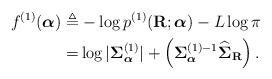
LaTeX: \begin{align*}f^{(1)}(\boldsymbol\alpha) \triangleq & -\log p^{(1)}(\mathbf R;\boldsymbol\alpha) -L\log\pi \\ = & \log|\boldsymbol\Sigma^{(1)}_{\boldsymbol\alpha}|+\left(\boldsymbol\Sigma_{\boldsymbol\alpha}^{(1)-1}\widehat{\mathbf \Sigma}_{\mathbf R}\right).\end{align*}